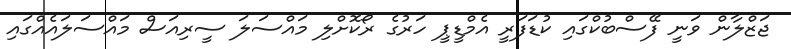
ޖަޒްލާން ވަނީ ފޭސްބުކްގައި ކުޑަފަރީ އެމްޑީޕީ ހަރުގެ ރޯކޮށްލި މައްސަލަ ސީރިއަސް މައްސަލައެއްގައި